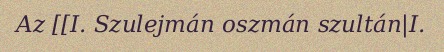
Az [[I. Szulejmán oszmán szultán|I.